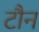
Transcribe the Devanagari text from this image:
टौन